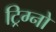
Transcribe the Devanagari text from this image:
ट्रिग्नो